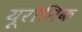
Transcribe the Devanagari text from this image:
यूरोनिक